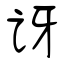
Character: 讶